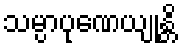
သမ္ပာပုဏေယျုန္တိ